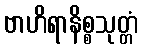
ဗာဟိရာနိစ္စသုတ္တံ